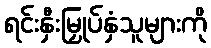
ရင်းနှီးမြှုပ်နှံသူများကို